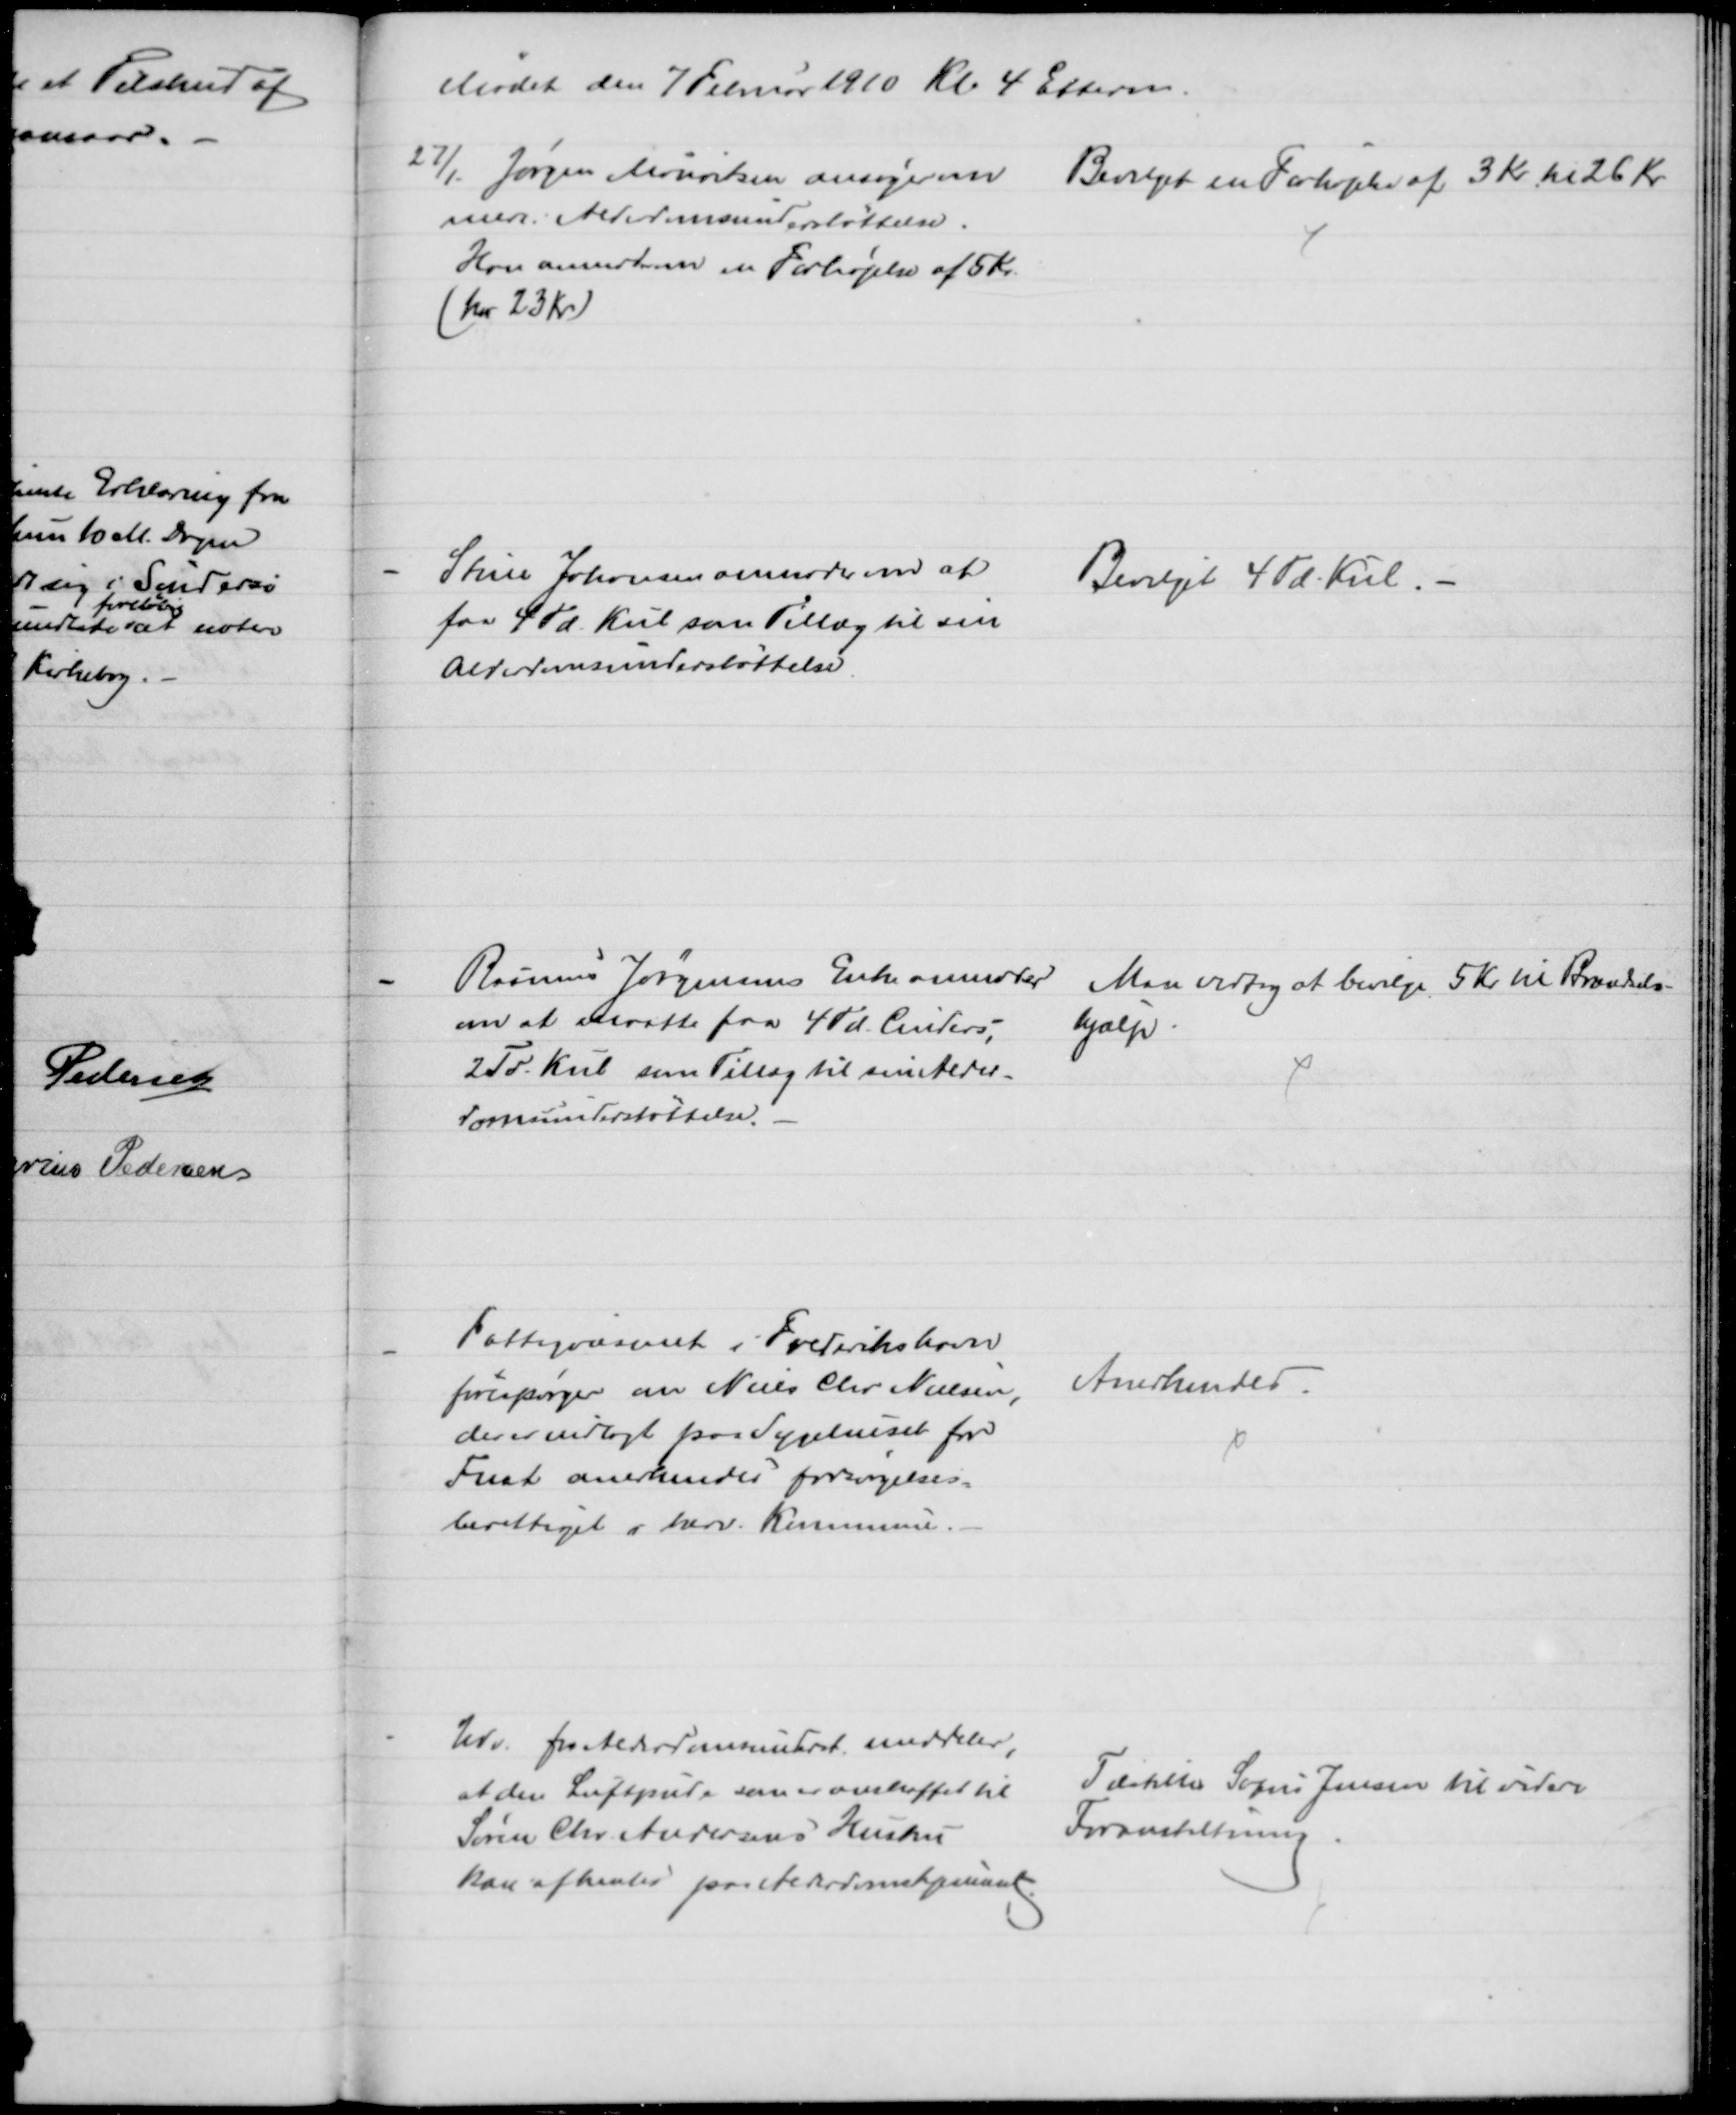
Transskription:
Mødet den 7 Februar 1910 Kl 4 Efterm.
27/1. Jørgen Mouritsen ansøger om 
mere i Alderdomsunderstøttelse.
Han anmoder om en Forhøjelse af 5 Kr.
(har 23 Kr)
Bevilget en Forhøjelse af 3 Kr til 26 Kr
Stine Johansen anmoder om at
faa 4 Td. Kul som Tillæg til sin
Alderdomsunderstøttelse.
Bevilget 4 Td. Kul. 
Rasmus Jørgensens Enke anmoder
om at maatte fra 4 Td. Cinders,
2 Td. Kul som Tillæg til sin Alder-
domsunderstøttelse.
Man vedtog at bevilge 5 Kr til Brændsels-
hjælp.
Fattigvæsenet i Frederikshavn
forespørger om Niels Chr Nielsen,
der er indlagt paa Sygehuset for
Frat anerkendes forsørgelses-
berettiget i herv. Kommune.
Anerkendes
Udv. for Alderdomsunderst. meddeler,
at den Luftpude som er anskaffet til
Søren Chr. Andersens Hustru
kan afhentes paa Alderdomshjemmet.
Tilstiller Sofus Jensen til videre
Foranstaltning